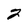
Character: 2